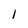
Character: 1